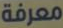
معرفة